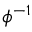
\phi ^ { - 1 }